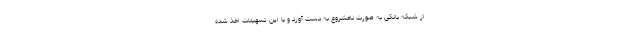
از شبکه بانکی به صورت نامشروع به دست آورد و با این تسهیلات اخذ شده